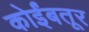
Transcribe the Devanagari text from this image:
कोर्इंबतूर